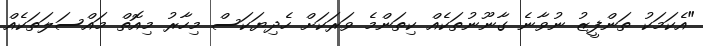
"އެކަމަކު ތަންފީޒު ނުވާނެ ގާނޫނުތަކެއް ކިތަންމެ ވަރަކަށް ހެދިޔަކަސް މިހާރު މިއޮތް މައްސަލަތަކެއް